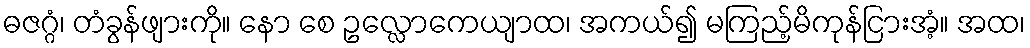
ဓဇဂ္ဂံ၊ တံခွန်ဖျားကို။ နော စေ ဥလ္လောကေယျာထ၊ အကယ်၍ မကြည့်မိကုန်ငြားအံ့။ အထ၊